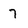
Character: 7